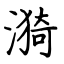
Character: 漪